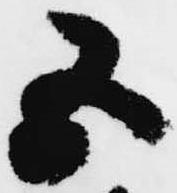
五